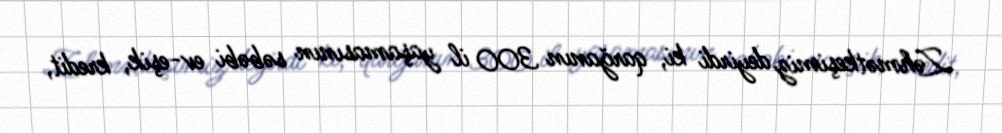
Zəhmətkeşimiz deyirdi ki, qarğanın 300 il yaşamasının səbəbi ev-eşik, kredit,